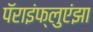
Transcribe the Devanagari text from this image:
पॅराइंफ्लुएंझा